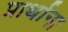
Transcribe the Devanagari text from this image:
प्रार्थाना